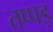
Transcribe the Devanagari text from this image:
तप्पड़